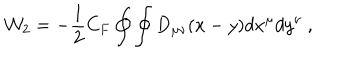
{ \cal W } _ { 2 } = - { \frac { 1 } { 2 } } C _ { F } \oint \oint D _ { \mu \nu } ( x - y ) d x ^ { \mu } d y ^ { \nu } \ ,